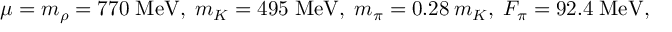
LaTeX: \mu = m _ { \rho } = 7 7 0 \; \mathrm { M e V } , \; m _ { K } = 4 9 5 \; \mathrm { M e V } , \; m _ { \pi } = 0 . 2 8 \: m _ { K } , \; F _ { \pi } = 9 2 . 4 \; \mathrm { M e V , }